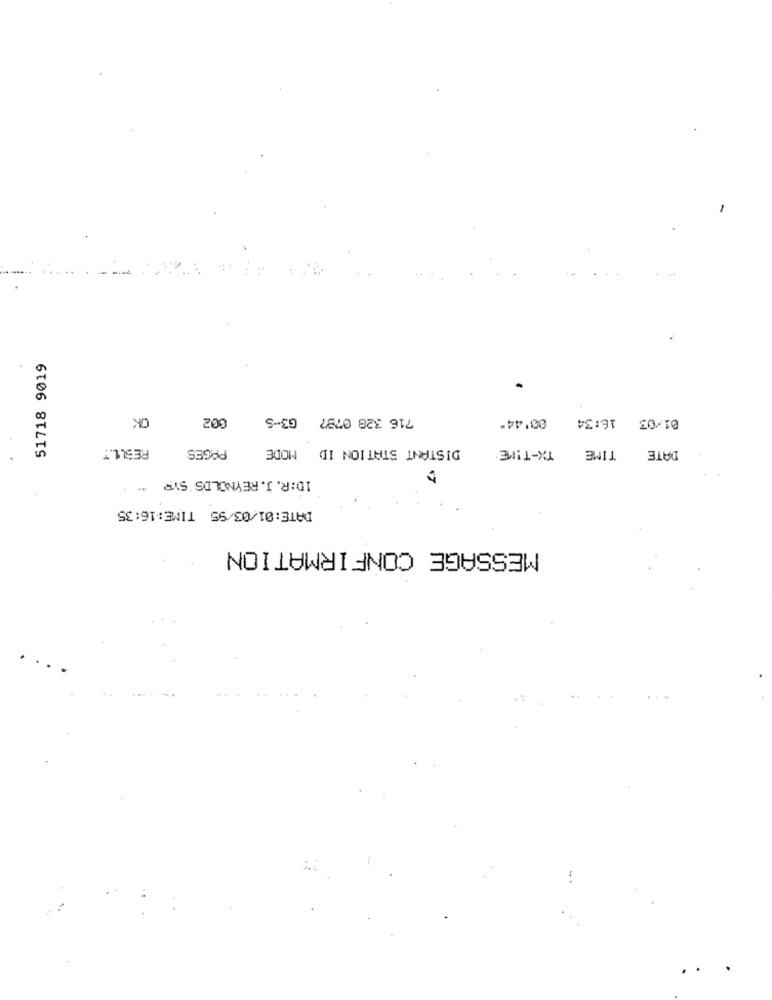
51718 9019
OK
002
716 328 0797 G3-5
01/03 16:34 00'44"
RESLL.T
PAGES
DISTANT STATION ID MODE
TX-THE
TIME
DATE
ID:R. J. REYNOLDS SYP
DATE:01/03/95 TIME:16:35
MESSAGE CONFIRMATION